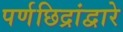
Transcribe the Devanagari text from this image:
पर्णछिद्रांद्वारे